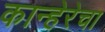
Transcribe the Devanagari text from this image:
कान्हेरेचा